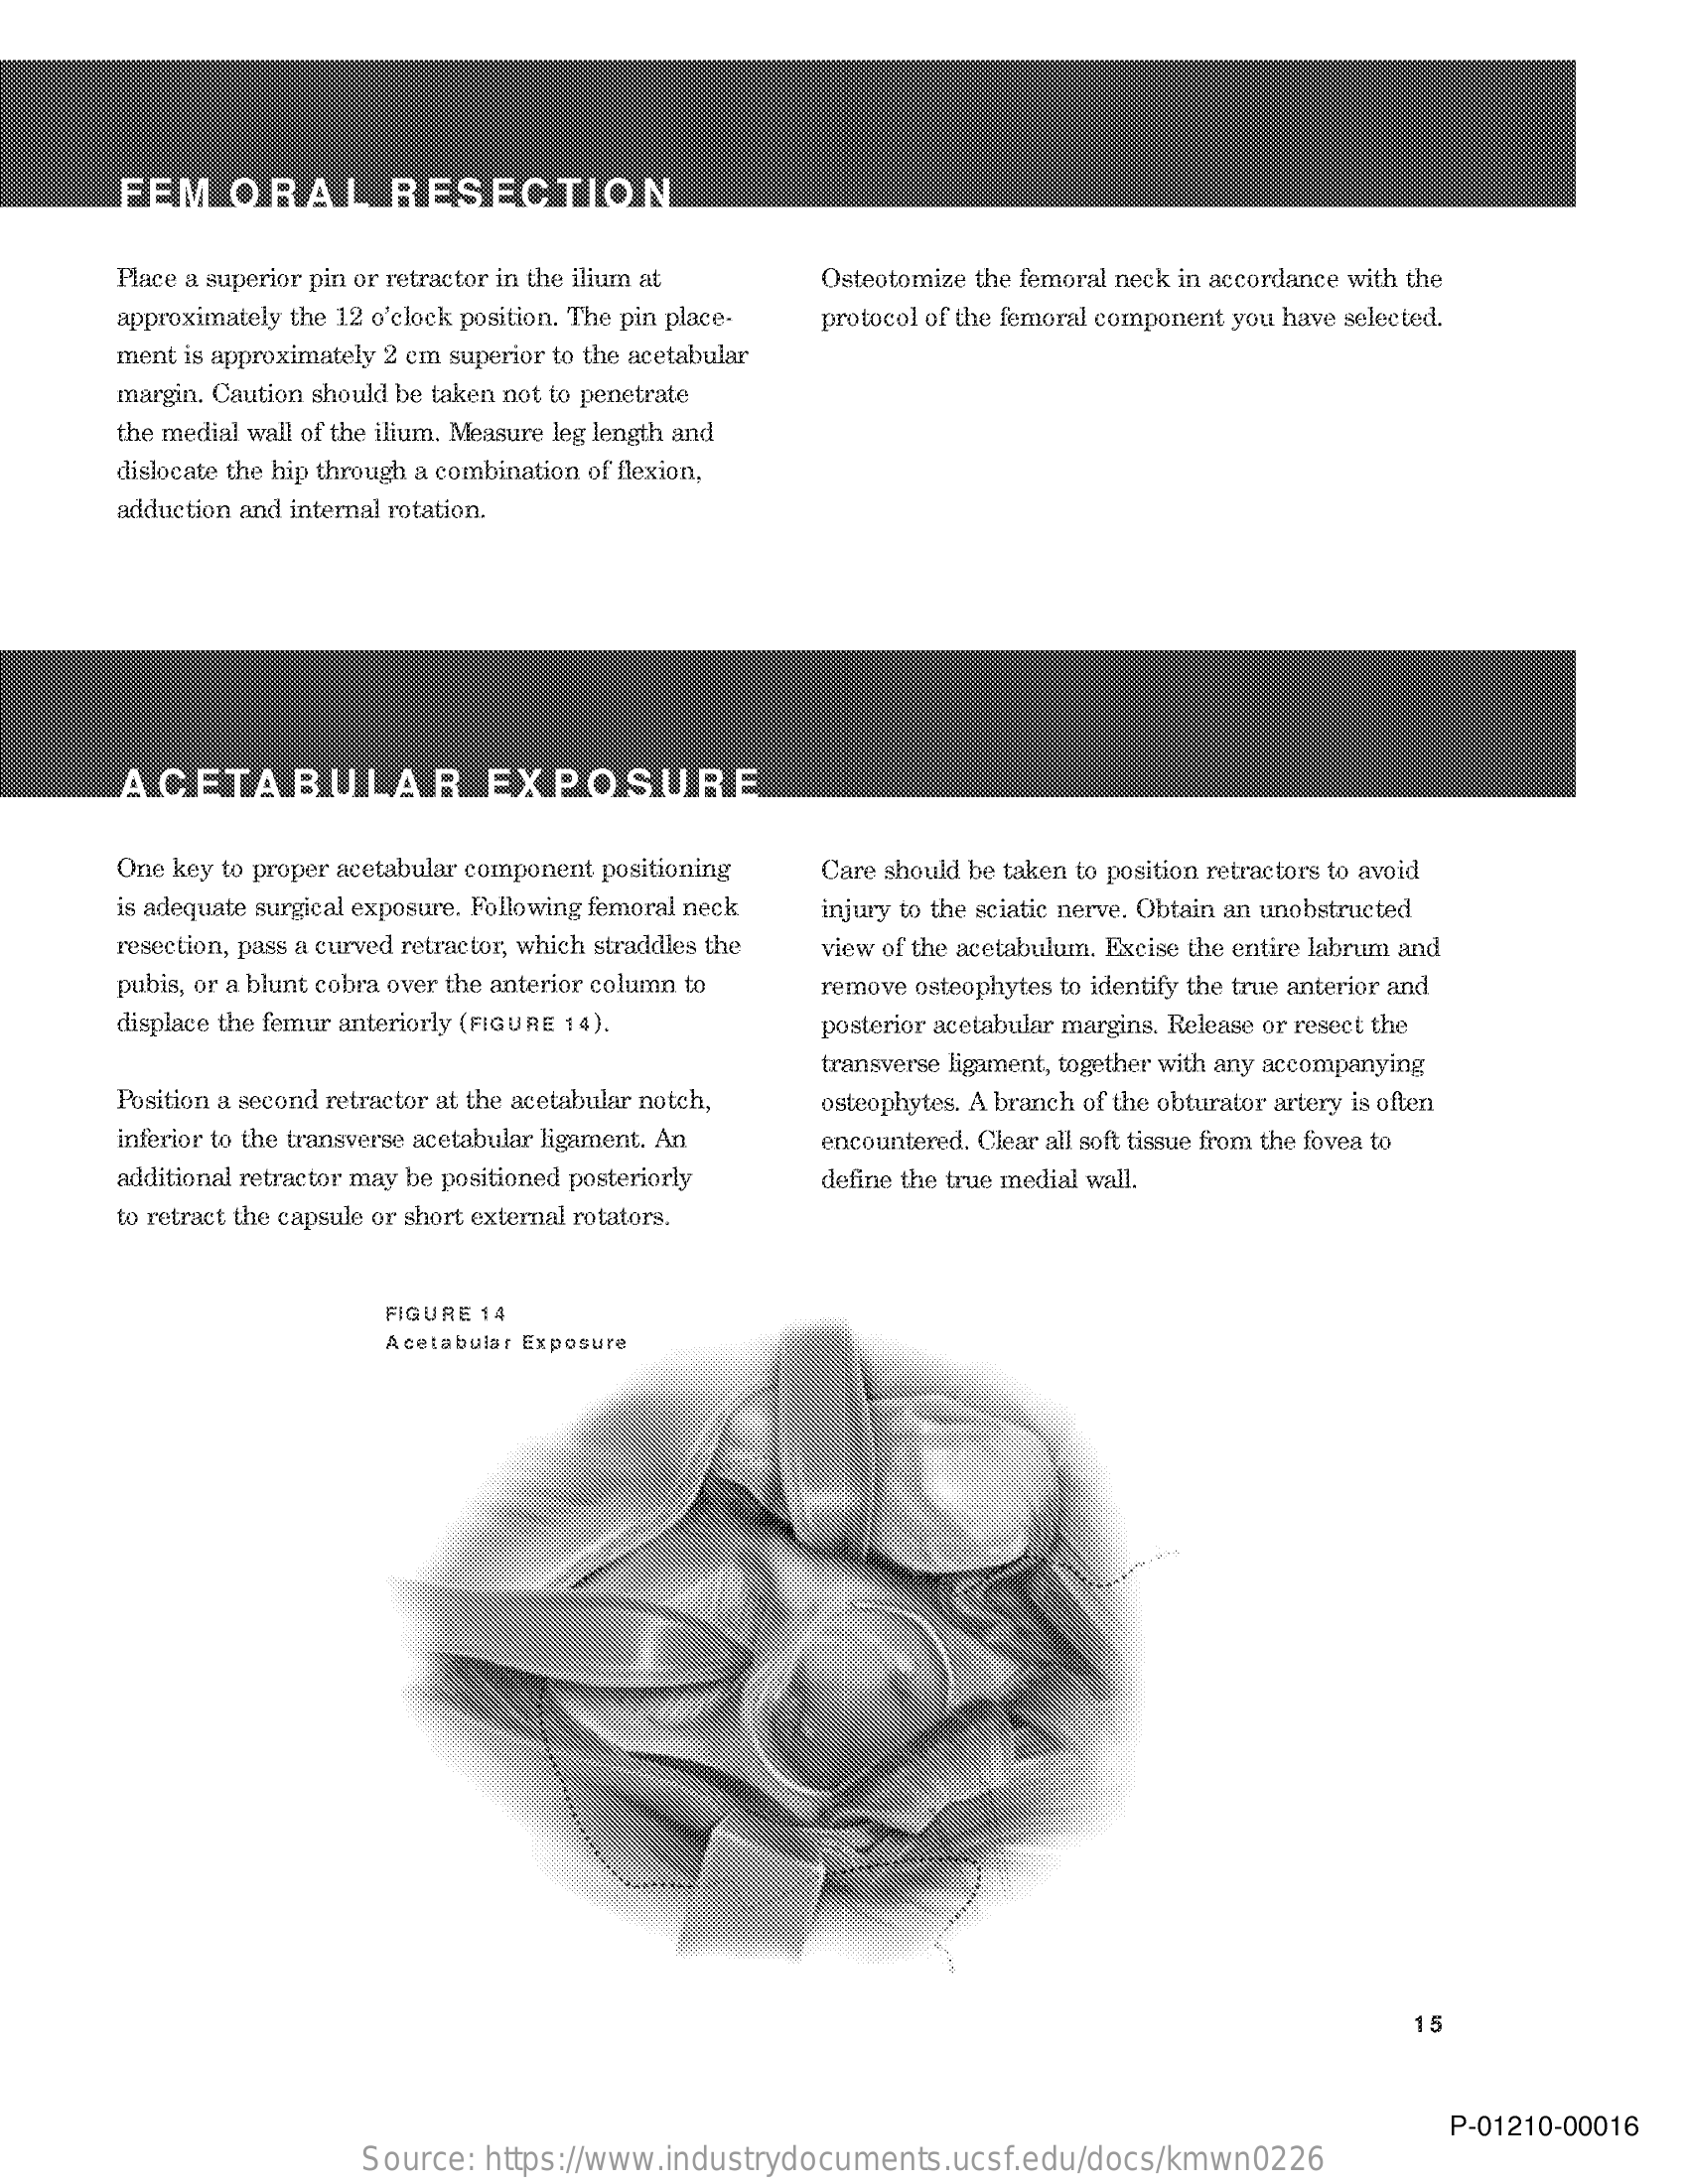
FEM    ORAL    RESECTION
     Place a superior pin or retractor in the ilium at Osteotomize the femoral neck in accordance with the
     approximately the 12 o'clock position. The pin place- protocol of the femoral component you have selected.
     ment is approximately 2 cm superior to the acetabular
     margin. Caution should be taken not to penetrate
     the medial wall of the ilium. Measure leg length and
     dislocate the hip through a combination of flexion,
     adduction and internal rotation.
     ACETABULAR    EXPOSURE
     One key to proper acetabular component positioning Care should be taken to position retractors to avoid
     is adequate surgical exposure. Following femoral neck injury to the sciatic nerve. Obtain an unobstructed
     resection, pass a curved retractor, which straddles the view of the acetabulum. Excise the entire labrum and
     pubis, or a blunt cobra over the anterior column to remove osteophytes to identify the true anterior and
     displace the femur anteriorly (FIGURE 14).    posterior acetabular margins. Release or resect the
     transverse ligament, together with any accompanying
     Position a second retractor at the acetabular notch, osteophytes. A branch of the obturator artery is often
     inferior to the transverse acetabular ligament. An encountered. Clear all soft tissue from the fovea to
     additional retractor may be positioned posteriorly define the true medial wall.
     to retract the capsule or short external rotators.
     FIGURE 14
     Acetabular Exposure
     15
     P-01210-00016
     Source: https://www.industrydocuments.ucsf.edu/docs/kmwn0226